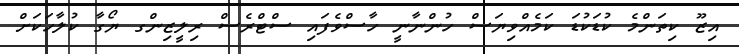
އިޒޫ ކިތަންމެ ކުޑަކުޑަ ކަމެއްވިޔަސް ހުންނާނީ ހާސްވެފައި ސްޓްރެސް ރިލީޒިންގ ޔޯގާ ކުލާހަކަށް